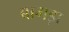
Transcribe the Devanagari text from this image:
बागड़ा